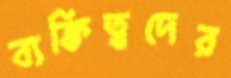
ব্যক্তিত্বদের